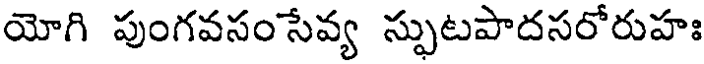
యోగి పుంగవసంసేవ్య స్ఫుటపాదసరోరుహః